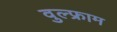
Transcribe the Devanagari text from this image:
वुल्फ्राम